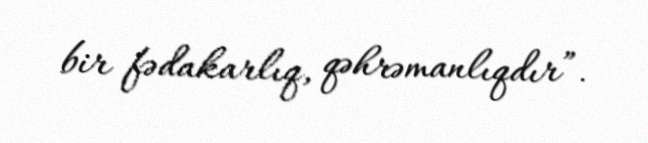
bir fədakarlıq, qəhrəmanlıqdır”.